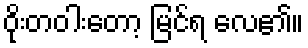
ဝိုးတဝါးတော့ မြင်ရ လေ၏။